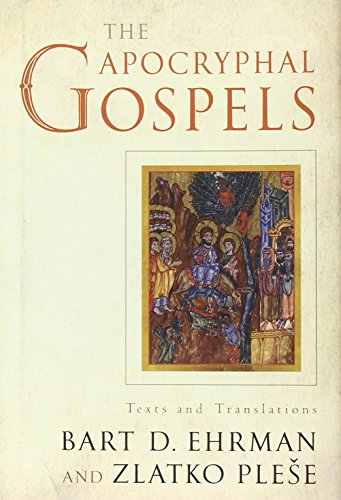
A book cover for The Apocryphal Gospels: Texts and Translations; Bart Ehrman; Christian Books & Bibles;